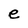
Character: e